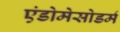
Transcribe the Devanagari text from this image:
एंडोमेसोडर्म